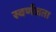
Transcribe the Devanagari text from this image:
स्वर्णजता